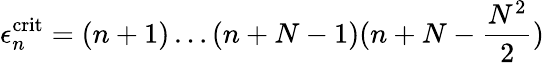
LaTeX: \epsilon_{n}^{\mathrm{crit}}=(n+1)\dots(n+N-1)(n+N-\frac{N^{2}}{2})